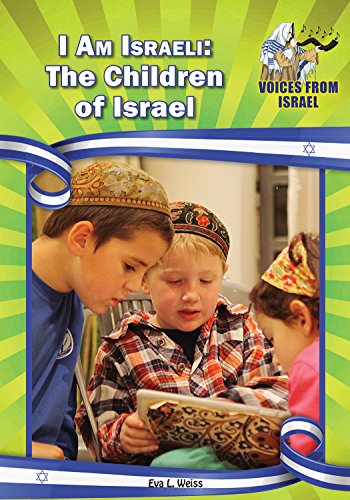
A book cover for I am Israeli: The Children of Israel (Voices from Israel: Set 1); Eva Weiss; Children's Books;